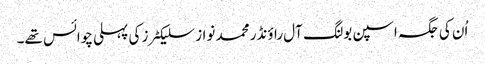
اُن کی جگہ اسپن بولنگ آل راؤنڈر محمد نواز سلیکٹرز کی پہلی چوائس تھے۔